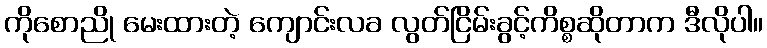
ကိုစောညို မေးထားတဲ့ ကျောင်းလခ လွတ်ငြိမ်းခွင့်ကိစ္စဆိုတာက ဒီလိုပါ။